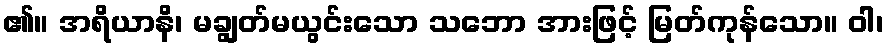
၏။ အရိယာနိ၊ မချွတ်မယွင်းသော သဘော အားဖြင့် မြတ်ကုန်သော။ ဝါ၊